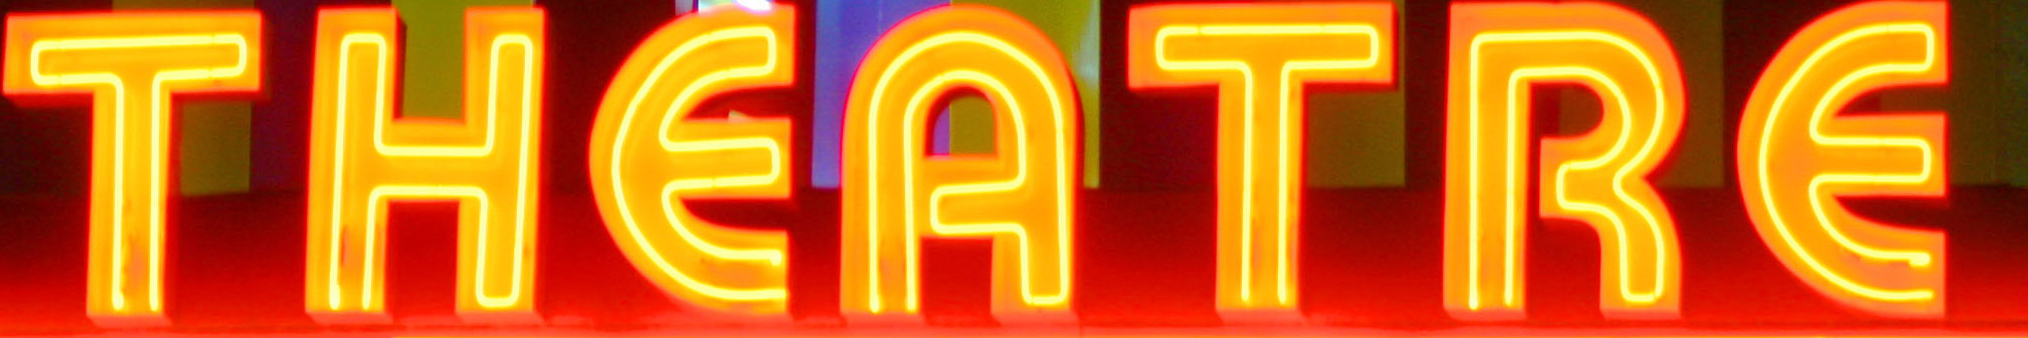
THERTRE